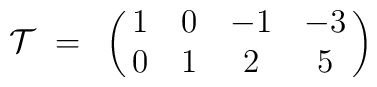
{\cal T}~=~\pmatrix{ 1 & 0 & -1 & -3 \cr 0 & 1 & 2 & 5 \cr  }